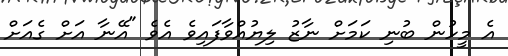
އެ މީހުން ބުނި ކަމަށް ނާޒު ލިޔުއްވާފައިވެ އެވެ "އޭނާ އަށް ގެއަށް